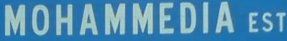
MOHAMMEDIA EST